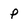
Character: p